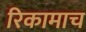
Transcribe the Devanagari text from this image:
रिकामाच